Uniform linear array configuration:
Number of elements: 32
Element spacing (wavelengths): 0.25
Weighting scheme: exponential
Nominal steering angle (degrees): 0
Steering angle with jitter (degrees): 1.84
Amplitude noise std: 0.05
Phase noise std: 0.05

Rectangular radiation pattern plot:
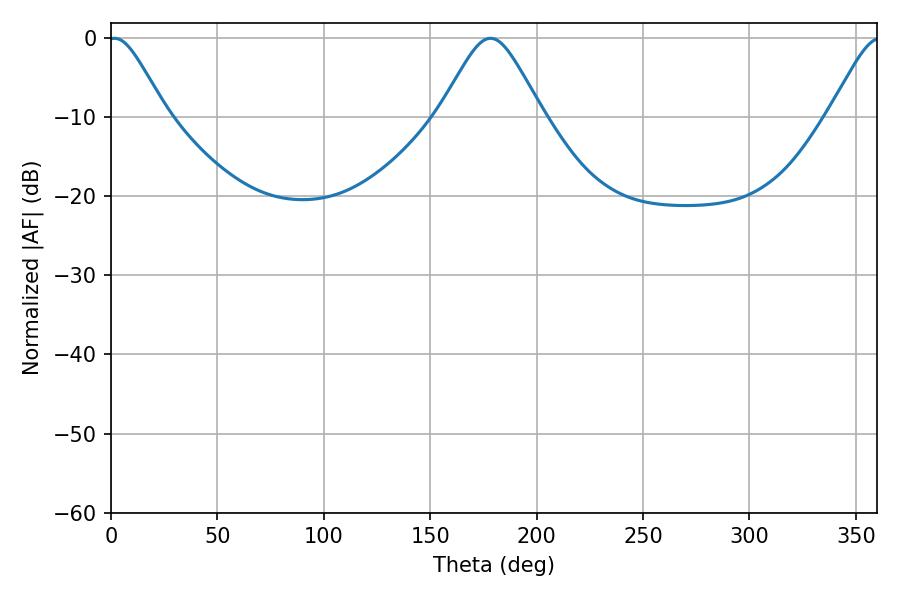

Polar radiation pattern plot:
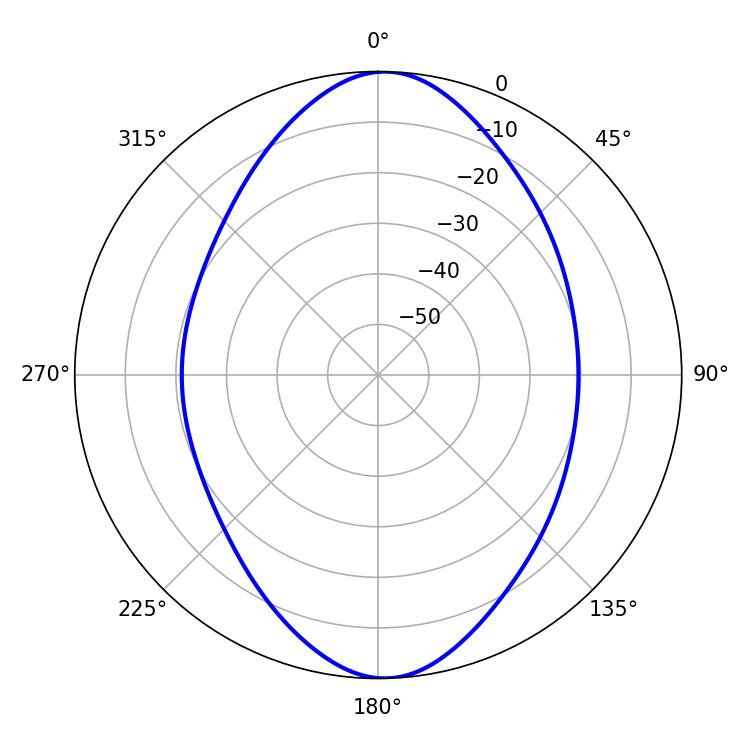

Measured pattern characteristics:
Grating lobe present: FALSE
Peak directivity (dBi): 17.411
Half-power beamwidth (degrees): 13.32
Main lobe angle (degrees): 1.62